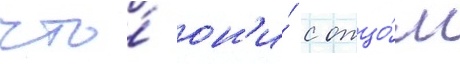
что́ он'и́ с отцо́м